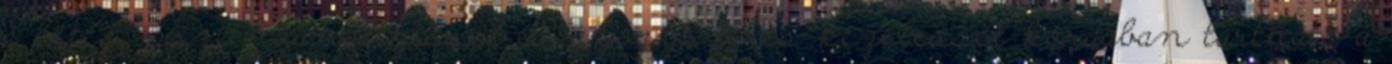
a beteg, pszichoanalízissel és gyógyszeres kezeléssel kordában tartható a